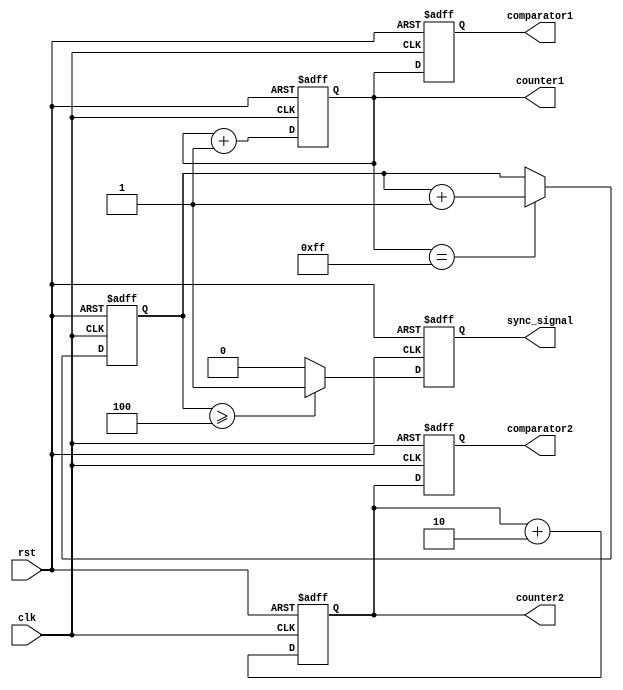
module Multirate_timer (
  input wire clk,
  input wire rst,
  output reg [7:0] counter1,
  output reg [7:0] counter2,
  output reg [7:0] comparator1,
  output reg [7:0] comparator2,
  output reg sync_signal
);

reg [7:0] control_logic;

always @(posedge clk or posedge rst) begin
  if (rst) begin
    counter1 <= 8'h0;
    counter2 <= 8'h0;
    comparator1 <= 8'h0;
    comparator2 <= 8'h0;
    control_logic <= 8'h0;
    sync_signal <= 1'b0;
  end else begin
    counter1 <= counter1 + 1;
    counter2 <= counter2 + 2;
    comparator1 <= counter1;
    comparator2 <= counter2;
    
    if (counter1 == 8'hFF) begin
      control_logic <= control_logic + 1;
    end
    
    if (control_logic >= 8'h4) begin
      sync_signal <= 1'b1;
    end else begin
      sync_signal <= 1'b0;
    end
  end
end

endmodule